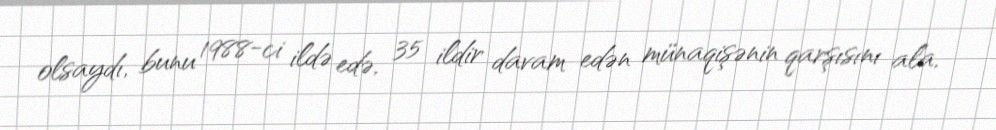
olsaydı, bunu 1988-ci ildə edə, 35 ildir davam edən münaqişənin qarşısını ala,